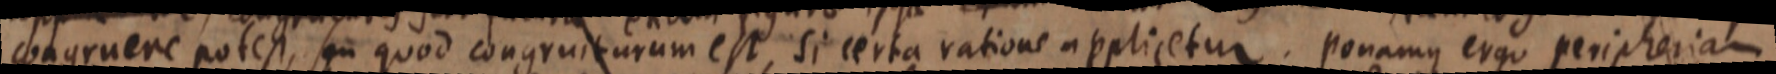
congruere potest, seu quod congruiturum est, si certa ratione applicetur, ponamus ergo peripheriam